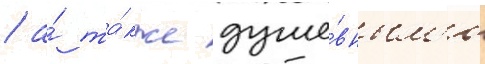
/ а́ та́кже душе́вным'и